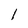
Character: l